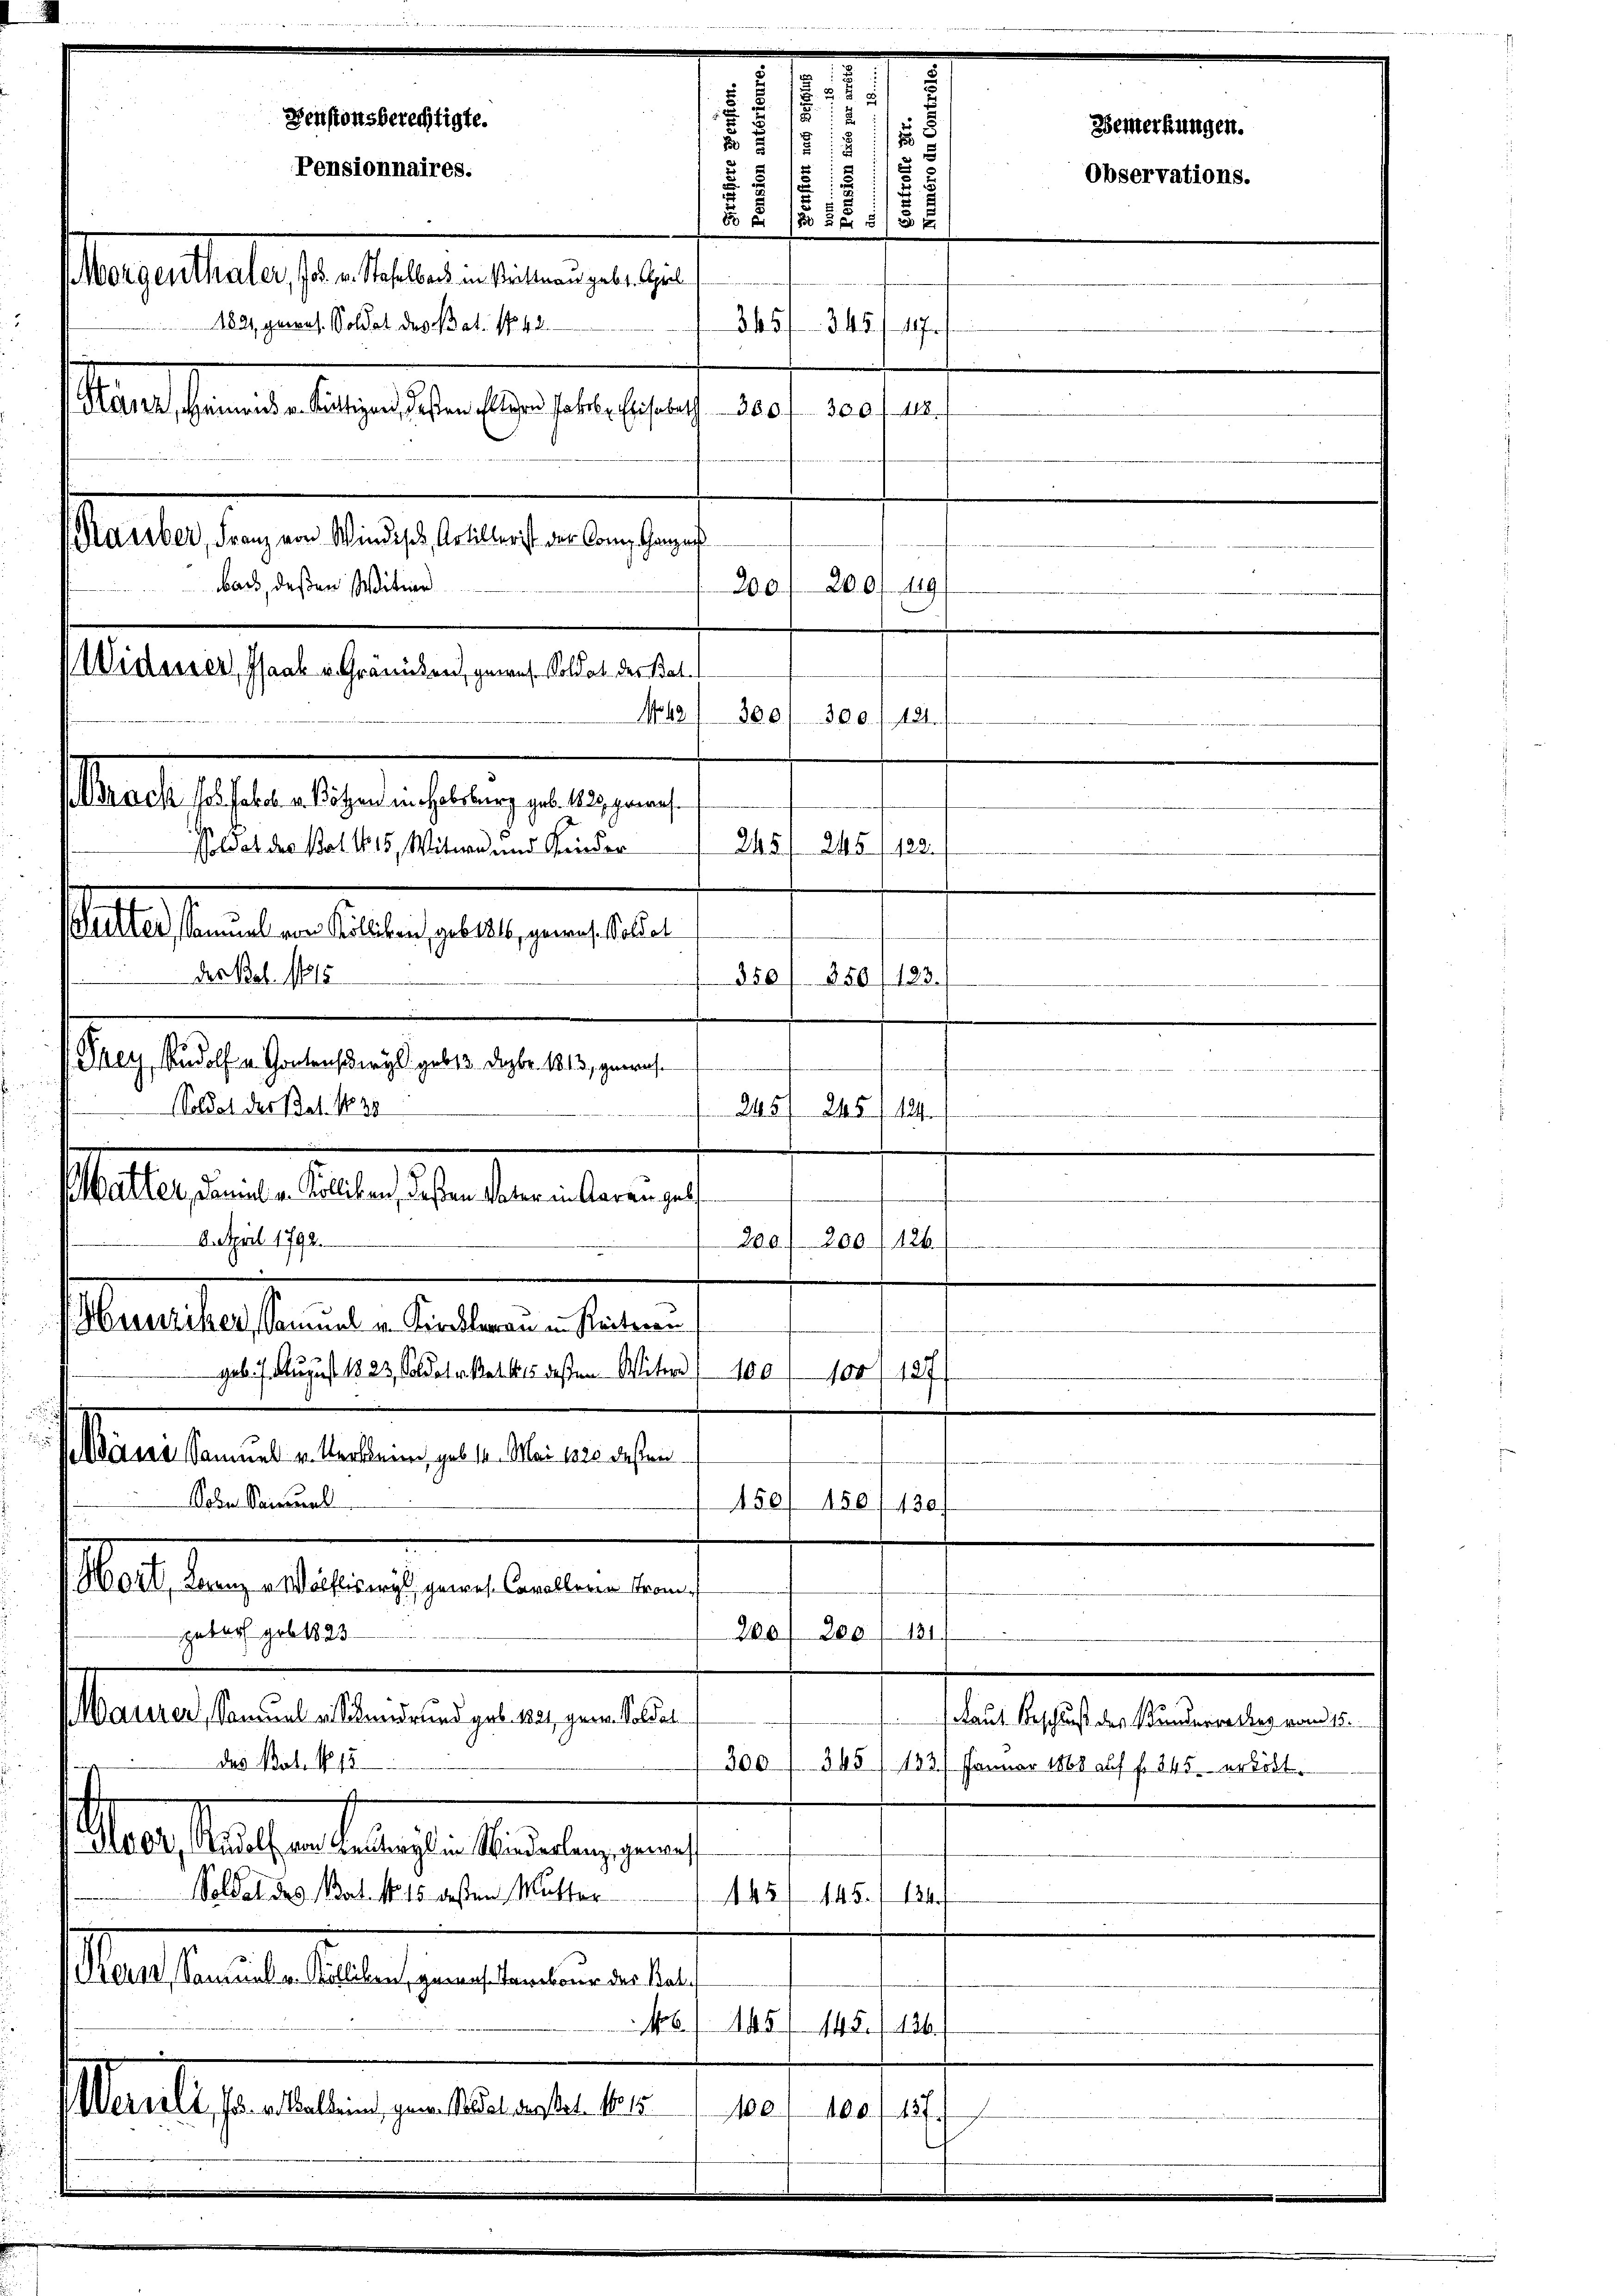
1
.

Denstonsberechtigte.
Bemerkungen.
2 x 15
2
Pensionnaires.

1
2.
132
Masanstalte sie es sein einen an ein
345/ 345
189, genes. Soldat des Bat. No. 42
17
Mal herante ausgesehen hierselbe selbe auf 10. 19.
Hauber, Franz von Windisch, Artillerist der Comp. Ganzenh
bach, deßen Witwe
200 f 200f 19

Male bestellen ich ein gelegen

solo et des Pol. 1815, Witwe und Kinder
dallastenden selben gelegen eine

They, Rudolf v. Gontendergl. geb 13. Dezbr. 1813, gewach¬
Salbes unter altestehenden eben,
6. April 1792.

der Bat. 14815
.
1
Hunziker, Samuel u. Kirckleren in Reiteren,
gab. 7. August 1823, Soldate kalkes dessen Witer 100
Sanatomiae bestungen der angen
Sohn Samuel
150/ 150 f 130.
M als eine als einigen werden auch
gebar geb. 1823.
300f des 181
Maurer, Samuel es Stand und geb. 1821, gern. Soldat
das Stat. No. 12
300 / 345 (133/ Januar 1868 auf fl. 245 erlöst.
dass Meuchten belangte Beraten, gan
Soldat des Bat. No. 15 dessen Mutter
45/145. 124.
alstanderselben geister einen las
N6. 145/ 148. 136.
Maselstandelten unsererseiter
100. 100.
x
157.

Soldat der Bat. No 38

WVidesser, Isaak u. Gränicken, gewes. Soldat der Bat.
148
300/ 300. 121.

245 f 245 (182.
vets in der
850/250/183.

245 f 245 f 14

200 f 200

100/127/

d
u

Laut Beschluß des Bunderrathes vom 15.

Observations.